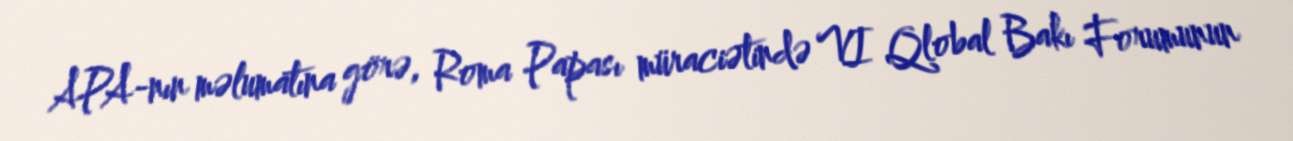
APA-nın məlumatına görə, Roma Papası müraciətində VI Qlobal Bakı Forumunun